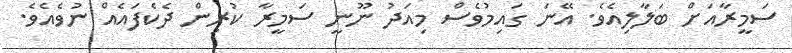
ސަމީރާއަށް ބަލާލިއެވެ. އޭނަ ގައިމުވެސް މިއަދު ނޫނީ ސަމީރާ ކުރިން ދެކެފައެއް ނުވެއެވެ.